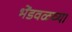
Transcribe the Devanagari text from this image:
भेंडवळच्या